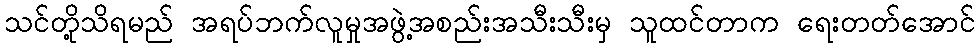
သင်တို့သိရမည် အရပ်ဘက်လူမှုအဖွဲ့အစည်းအသီးသီးမှ သူထင်တာက ရေးတတ်အောင်